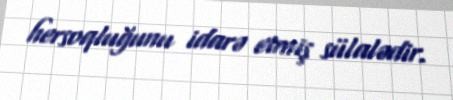
hersoqluğunu idarə etmiş sülalədir.